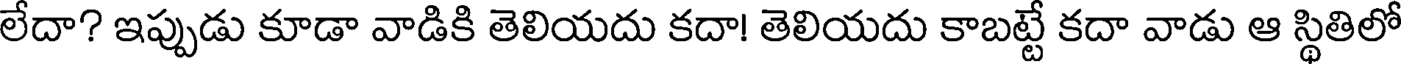
లేదా? ఇప్పుడు కూడా వాడికి తెలియదు కదా! తెలియదు కాబట్టే కదా వాడు ఆ స్థితిలో